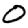
Digit: 0